Insane asylums in Bengal annual reports 1867-1875 - 1867-1875
Year: 1867
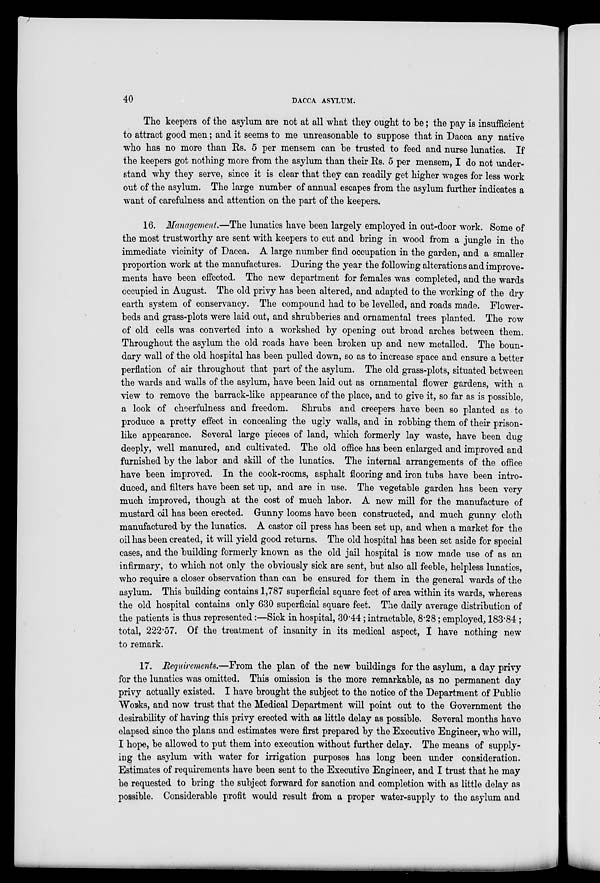
40
DACCA ASYLUM.
The keepers of the asylum are not at all what they ought to be; the pay is insufficient
to attract good men; and it seems to me unreasonable to suppose that in Dacca any native
who has no more than Rs. 5 per mensem can be trusted to feed and nurse lunatics. If
the keepers got nothing more from the asylum than their Rs. 5 per mensem, I do not under-
stand why they serve, since it is clear that they can readily get higher wages for less work
out of the asylum. The large number of annual escapes from the asylum further indicates a
want of carefulness and attention on the part of the keepers.
16. Management.—The lunatics have been largely employed in out-door work. Some of
the most trustworthy are sent with keepers to cut and bring in wood from a jungle in the
immediate vicinity of Dacca. A large number find occupation in the garden, and a smaller
proportion work at the manufactures. During the year the following alterations and improve-
ments have been effected. The new department for females was completed, and the wards
occupied in August. The old privy has been altered, and adapted to the working of the dry
earth system of conservancy. The compound had to be levelled, and roads made. Flower-
beds and grass-plots were laid out, and shrubberies and ornamental trees planted. The row
of old cells was converted into a workshed by opening out broad arches between them.
Throughout the asylum the old roads have been broken up and new metalled. The boun-
dary wall of the old hospital has been pulled down, so as to increase space and ensure a better
perflation of air throughout that part of the asylum. The old grass-plots, situated between
the wards and walls of the asylum, have been laid out as ornamental flower gardens, with a
view to remove the barrack-like appearance of the place, and to give it, so far as is possible,
a look of cheerfulness and freedom. Shrubs and creepers have been so planted as to
produce a pretty effect in concealing the ugly walls, and in robbing them of their prison-
like appearance. Several large pieces of land, which formerly lay waste, have been dug
deeply, well manured, and cultivated. The old office has been enlarged and improved and
furnished by the labor and skill of the lunatics. The internal arrangements of the office
have been improved. In the cook-rooms, asphalt flooring and iron tubs have been intro-
duced, and filters have been set up, and are in use. The vegetable garden has been very
much improved, though at the cost of much labor. A new mill for the manufacture of
mustard oil has been erected. Gunny looms have been constructed, and much gunny cloth
manufactured by the lunatics. A castor oil press has been set up, and when a market for the
oil has been created, it will yield good returns. The old hospital has been set aside for special
cases, and the building formerly known as the old jail hospital is now made use of as an
infirmary, to which not only the obviously sick are sent, but also all feeble, helpless lunatics,
who require a closer observation than can be ensured for them in the general wards of the
asylum. This building contains 1,787 superficial square feet of area within its wards, whereas
the old hospital contains only 630 superficial square feet. The daily average distribution of
the patients is thus represented:—Sick in hospital, 30.44; intractable, 8.28; employed, 183.84 ;
total, 222.57. Of the treatment of insanity in its medical aspect, I have nothing new
to remark.
17. Requirements.—From the plan of the new buildings for the asylum, a day privy
for the lunatics was omitted. This omission is the more remarkable, as no permanent day
privy actually existed. I have brought the subject to the notice of the Department of Public
Works, and now trust that the Medical Department will point out to the Government the
desirability of having this privy erected with as little delay as possible. Several months have
elapsed since the plans and estimates were first prepared by the Executive Engineer, who will,
I hope, be allowed to put them into execution without further delay. The means of supply-
ing the asylum with water for irrigation purposes has long been under consideration.
Estimates of requirements have been sent to the Executive Engineer, and I trust that he may
be requested to bring the subject forward for sanction and completion with as little delay as
possible. Considerable profit would result from a proper water-supply to the asylum and